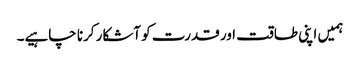
ہمیں اپنی طاقت اور قدرت کو آشکار کرنا چاہیے۔